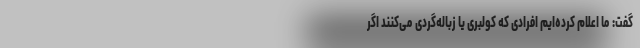
گفت: ما اعلام کرده‌ایم افرادی که کولبری یا زباله‌گردی می‌کنند اگر